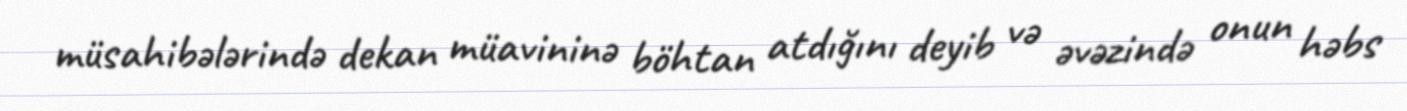
müsahibələrində dekan müavininə böhtan atdığını deyib və əvəzində onun həbs